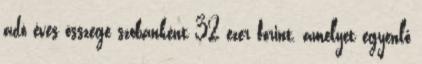
adó éves összege szobánként 32 ezer forint, amelyet egyenlő